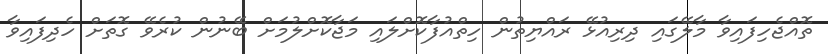
ތޮއްޖެހިފައިވާ މާލޭގައި ދިރިއުޅޭ ރައްޔިތުން ހިތްއުފާކޮށްލައި މަޖާކޮށްލުމަށް ބޭނުން ކުރެވޭ ގޮތަށް ހެދިފައިވާ